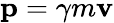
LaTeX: \mathbf{p}=\gamma m\mathbf{v}